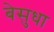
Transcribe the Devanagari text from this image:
बेसुधा